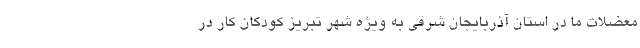
معضلات ما در استان آذربایجان شرقی به ویژه شهر تبریز کودکان کار در